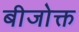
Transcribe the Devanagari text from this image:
बीजोक्त